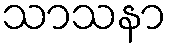
သာသနာ